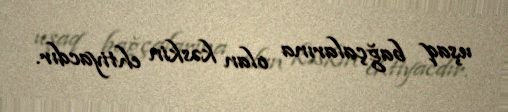
uşaq bağçalarına olan kəskin ehtiyacdır.